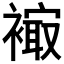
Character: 𧜮